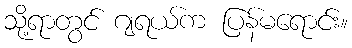
သို့ရာတွင် ဂျရယ်က ပြန်မရောင်း။